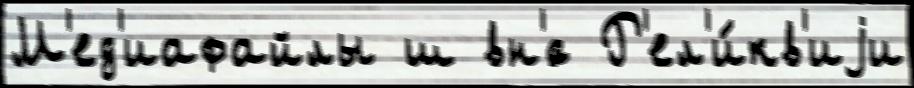
М'ед'иафайлы ш вн'́с Р'ел'и́кв'иjи